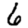
Digit: 6